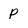
Character: p